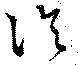
泠